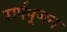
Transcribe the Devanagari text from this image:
सर्पपूजन